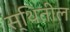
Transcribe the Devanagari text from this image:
स्थितील